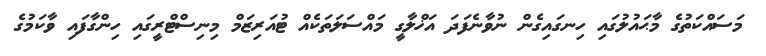
މަސައްކަތުގެ މާޙައުލުގައި ހިނގައިގެން ނުވާނެފަދަ އަޚްލާގީ މައްސަލަތަކެއް ޓުއަރިޒަމް މިނިސްޓްރީގައި ހިންގާފައި ވާކަމުގެ